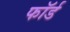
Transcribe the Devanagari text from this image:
फॉर्ड